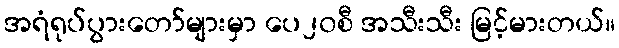
အရံရုပ်ပွားတော်များမှာ ပေ၂၀စီ အသီးသီး မြင့်မားတယ်။